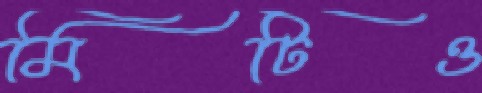
মিটিও